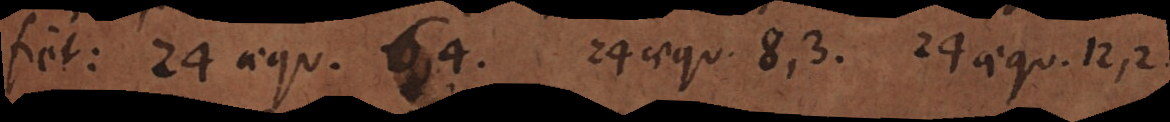
fiet: 24 aequ. 6, 4. 24 aequ. 8, 3. 24 aequ. 12, 2.